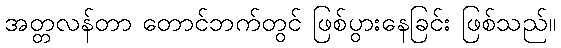
အတ္တလန်တာ တောင်ဘက်တွင် ဖြစ်ပွားနေခြင်း ဖြစ်သည်။